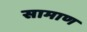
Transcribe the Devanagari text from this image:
सामाण